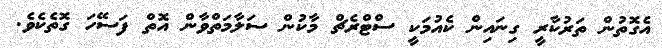
އެގޮތުން ތަރުކާރީ ގިނައިން ކެއުމަކީ ސްޓްރެޗް މާކުން ސަލާމަތްވާން އޮތް ފަސޭހަ ގޮތެކެވެ.